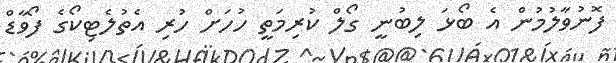
ފޮނުވާލުމުން އެ ބޯޅަ ލިބުނީ ގޯލް ކުރިމަތީ ހުހަށް ހުރި އެތުލެޓިކޯގެ ފޯވާޑް